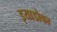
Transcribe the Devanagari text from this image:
इयाडोका